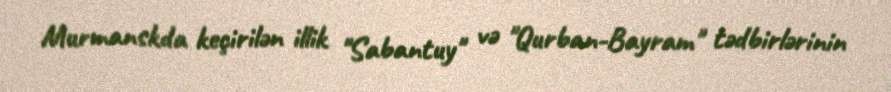
Murmanskda keçirilən illik "Sabantuy" və "Qurban-Bayram" tədbirlərinin